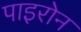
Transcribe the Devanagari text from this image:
पाइरोन